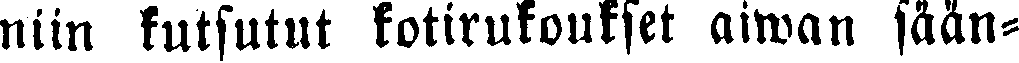
niin kutsutut kotirukoukset aiwan sään-